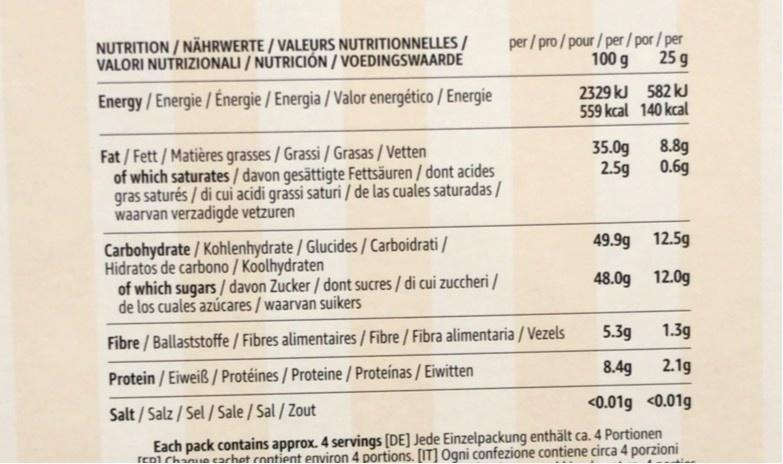
NUTRITION / NÄHRWERTE / VALEURS NUTRITIONNELLES / VALORI NUTRIZIONALI / NÚTRICIÓN / VOEDINGSWAARDE
per / pro / pour / per/por/per 100 g
25 g
Energy/Energie/Energie /Energia/ Valor energético / Energie
2329 kJ 582 kJ 559 kcal 140 kcal
35.0g 2.5g
8.8g 0.6g
Fat / Fett/ Matières grasses/ Grassi / Grasas / Vetten of which saturates / davon gesättigte Fettsäuren / dont acides gras saturés / di cui acidi grassi saturi / de las cuales saturadas / waarvan verzadigde vetzuren
49.9g 12.5g
Carbohydrate / Kohlenhydrate / Glucides/Carboidrati / Hidratos de carbono / Koolhydraten of which sugars / davon Zucker / dont sucres / di cui zuccheri / de los cuales azúcares / waarvan suikers
48.0g 12.0g
5.3g
1.3g
Fibre / Ballaststoffe / Fibres alimentaires / Fibre / Fibra alimentaria / Vezels
8.4g
2.1g
Protein / Eiweiß / Protéines / Proteine / Proteínas / Eiwitten
<0.01g <0.01g
Salt / Salz / Sel / Sale / Sal / Zout
Each pack contains approx. 4 servings [DE] Jede Einzelpackung enthält ca. 4 Portionen rEni Chanue carhet contient environ 4 portions. [IT] Ogni confezione contiene circa 4 porzioni